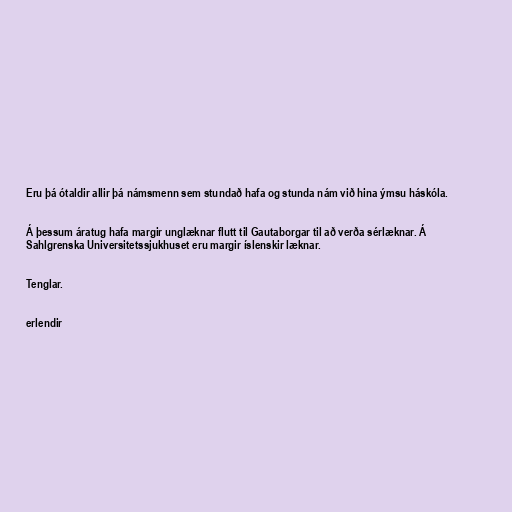
Eru þá ótaldir allir þá námsmenn sem stundað hafa og stunda nám við hina ýmsu háskóla.

Á þessum áratug hafa margir unglæknar flutt til Gautaborgar til að verða sérlæknar. Á
Sahlgrenska Universitetssjukhuset eru margir íslenskir læknar.

Tenglar.

erlendir